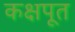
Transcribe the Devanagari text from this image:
कक्षपूत